Medical and sanitary report of the native army of Bengal for the year
Year: 1878
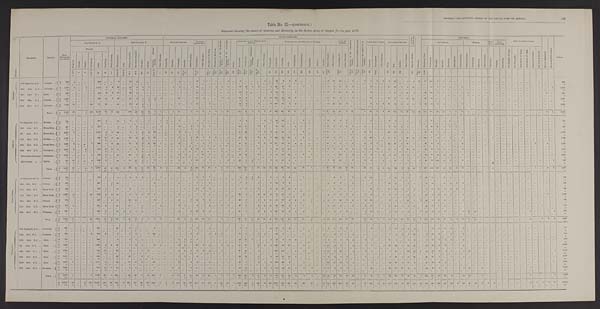
MEDICAL AND SANITARY REPORT OF THE NATIVE ARMY OF BENGAL.
l9 3
Table No. II.—(continued.)
Statement showing the causes of Sickness and Mortality in the Native Army of Bengal for the year 1878.
D i v i s i o n
REGIMENT.
STATION.
Total
Admissions
and Deaths.
GENERAL DISEASES.
LOCAL DISEASES.
C O N D I -
T I O N S , & C .
P o i s o n s .
INJURIES.
SURGICAL OPERATIONS.
N o t y e t d i a g n o s e d .
N o a p p r e c i a b l e d i s e a s e .
TOTAL.
SUB-DIVISION A.
SUB-DIVISION B.
NERVOUS SYSTEM.
DISEASES
OF THE EYE.
D i s e a s e s o f t h e E a r .
D i s e a s e s o f t h e N o s e .
D i s e a s e s o f t h e C i r c u l a t o r y
System.
D i s e a s e s o f t h e A b s o r b e n t
S y s t e m .
Goitre.
DISEASES OF THE RESPIRATORY
SYSTEM.
DISEASES OF THE DYGESTIVR SYSTEM.
URI N A R Y
SYSTEM.
D i s e a s e s o f t h e G e n e r a t i v e
S y s t e m .
D i s e a s e s o f t h e M a l e M a m m i l l a . D i s e a s e s o f t h e O r g a n s o f L o -
c o m t i o n .
CELLULAR TISSUE.
CUTANEOUS SYSTEM
ACCIDENTAL.
BATTLE.
J U D I -
C I A L .
SELF-
INFLICTED.
FEVERS.
O t h e r D i s e a s e s .
R h e u m a t i s m s .
G o u t .
P r i m a r y S y p h i l i s .
S e c o n d a r y S y p h i l i s .
S c r o f u l a .
S c u r v y .
A n æ m i a , G e n e r a l
D r o p s y .
O t h e r D i s e a s e s .
S u n s t r o k e .
E p i l e p s y .
N e u r a l g i a .
I n s a n i t y .
O t h e r D i s e a s e s .
O p h t h a l m i a .
O t h e r D i s e a s e s .
B r o n c h i t i s .
P n e u m o n i a . Ch r o n i c Pn e u mo n i c
Phthi si s. Pl eur i sy.
O t h e r D i s e a s e s .
D y s p e p s i a .
D y s e n t e r y .
D i a r r h œ a . Col i c.
C o n s t i p a t i o n .
H æ m o r r h o i d e s .
H e p a t i t i s .
A b s c e s s .
J a u n d i c e .
S p l e e n D i s e a s e s .
O t h e r D i s e a s e s .
G o n o r r h œ a , & c .
O t h e r D i s e a s e s .
A b s c e s s .
G u i n e a w o r m . O t h e r D i s e a s e s
U l c e r .
B o i l . Scabies.
O t h e r D i s e a s e s .
G e n e r a l D e b i l i t y .
B l i s t e r s o f f e e t .
C o n t u s i o n s .
W o u n d s .
S p r a i n s .
F r a c t u r e s .
D i s l o c a t i o n s .
O t h e r I n j u r i e s .
G u n s l i o t W o u n d .
C o n t u s i o n s .
F r a c t u r e s .
O t h e r I n j u r i e s .
C o n t u s i o n s .
W o u n d s .
C o n t u s i o n s .
F o r H e p a t i c A b s c e s s .
F o r P h y m o s i s .
A m p u t a i o n o f f i n g e r .
A m p u t a t i o n o f t h i g h .
R e m o v a l o f t u m o r .
F o r C y s t o f E y e l i d .
E r u p t i v e .
T y p h u s .
E n t e r i c .
C o n t i n u e d .
A g u e . R e m i t t e n t .
1 t o 5
7
9
1 1 & 1 2
1 5 1 6
—
3 4 t o 3 8
3 9 & 4 0
4 3 A
4 3 B
4 9 - 1
5 4
5 5 & 5 7
—
6 6 6
9 3
1 0 1
1 0 5 t o 1 1 0
1 1 1 t o 1 1 8
1 8 6 t o 2 0 5
2 0 6 t o 2 1 8
2 1 9 t o 2 6 8
2 6 9 t o 2 7 8
2 8 0
3 0 5 & 3 0 6
3 1 5 t o 3 1 8 3 2 5 & 3 2 6
3 3 1 & 3 3 2
460
4 6 6
4 8 4 486
4 8 7
4 9 1
5 0 1
5 0 2
5 1 3
5 2 4 t o 5 2 9
5 8 5 t o 5 9 4
6 0 2 t o 6 2 9
7 5 1 t o 7 5 4
7 5 5 t o 7 5 4
8 1 9
8 2 5 . 5
8 5 9
8 6 1
8 9 4
905
9 0 9 t o 9 9 1
1 , 1 4 8
S I R H I N D
10th Regiment, B. L. ... Umballa ... A
666
4
. . .
. . . ...
3 0 0
. . .
...
8 ...
18
4
. . .
. . .
. . .
. . . ...
. . .
1
. . . ...
13
2
1
1
. . . 4 ...
1 2 . . .
. . .
. . . 1 ...
49
6
4
6 . . .
...
...
1 2
11
14 ...
8
. . . 1
1
1
1
9
25 ...
5
6
1 8 11 104
6
3 4
. . .
1
. . .
. . .
. . .
. . .
. . .
. . .
. . .
. . .
. . .
. . .
. . .
. . .
. . .
. . .
. . .
686
D
4
. . .
. . .
. . . ...
1
. . .
...
. . . ...
. . .
. . .
. . .
. . .
. . .
. . . ...
. . .
. . .
. . .
. . .
. . .
. . .
. . .
. . .
. . .
. . .
. . .
. . .
. . .
. . .
. . .
... . . .
1
. . .
. . . ...
. . . ...
...
. . . . . .
1
. . .
. . .
. . .
. . .
. . .
. . .
. . .
. . .
. . .
. . .
. . .
. . .
. . .
1
. . .
. . .
. . .
. . . ...
. . .
. . .
. . .
. . . . . .
. . . . . .
. . .
. . .
. . .
. . .
. . .
. . .
. . .
. . .
. . .
. . .
4
12th ditto N. I. Jullunder
. . . A 1,770
2
. . .
1 ...
1,182
2
4 32 „,
26
6
9
1
. . .
. . . ...
1
7
. . .
2
16 ,,,
2
8
1
1
. . .
8 2
3 8
4
1
...
3
1 2 7
1 2 6
. . .
2
2 ...
. . . 6
7
1 1
2
3
. . .
. . .
8
. . .
. . .
1 7
3 1
1
9
2 7
. . .
. . .
5 3
6
5 2
. . .
4
. . .
. . .
. . .
. . .
. . .
. . .
. . .
. . .
. . .
. . .
. . .
. . .
. . . ...
1
1 , 7 7 0
D
28 . . . . .
. . .
1
. . .
7
1
. . . . . .
1
. . . .
1
1
2
. . .
. . .
. . . ...
. . .
. . .
. . .
. . .
. . .
. . .
. . .
. . .
. . .
. . .
. . .
. . .
8
. . .
. . .
... . . .
2
3
. . .
. . . . . . ...
. . .
. . . . . .
1
. . . . .
. . .
. . .
. . .
. . .
. . .
. . .
. . .
. . .
. . .
. . .
. . .
. . .
. . .
. . .
. . .
. . .
. . .
. . .
. . .
. . .
. . .
. . .
. . .
. . .
. . .
. . .
. . .
. . .
. . .
. . .
. . .
. . .
. . . ...
. . .
2 8
23rd ditto N. I. ... Simla
... A
9 2 8
. . .
. . .
. . .
...
412
9
6
11 ...
42
3
. . .
. . .
. . .
. . . ...
. . .
. . .
. . . ...
13
4
. . .
. . .
. . .
5
. . .
38
3
. . .
. . .
...
3
9 8
1 2 ...
1
...
...
...
5 2 9
1 2
4
5
. . .
. . .
6
. . .
. . .
2
2 0
5
1 8
1
. . .
4 9
1 0 6
8
4
1
1
1
6 ...
...
1
...
...
...
...
...
...
...
...
...
2 ...
9 2 8
D
6
. . .
. . .
. . .
...
1
. . .
...
. . . ...
. . .
. . .
. . .
. . .
. . .
. . . ...
. . .
. . .
. . .
. . .
. . .
. . .
. . .
. . .
. . .
. . .
. . .
1
1
. . .
. . .
... . . .
1
1
. . .
. . . ...
. . .
...
. . . . . . .
. . .
. . .
. . .
. . .
. . .
. . .
. . .
. . .
. . .
. . .
. . .
. . .
. . .
. . .
. . .
. . .
. . .
. . .
. .
. . .
. . .
. .
1
. . .
. . .
. . .
. . .
. . .
. . .
. . .
. . .
. . .
. . .
. . .
. .
. . .
. . .
6
25th ditto N. I. ... Umballa ...
A
1 , 0 5 7
. . .
. . .
. . .
...
397
13
2 43
. . .
10
3
7
1
5
1 ...
. . .
1 6
. . .
. . . 16
9
. . .
. . .
3
2
. . .
61
12 ...
5
4
1 6 134
69 13
2
...
1
. . .
. . .
1 8
1 6
4 . . .
5
. . . .
. . . .
1 6
. . .
. . .
1 9
2 1
2
1 1 20
. . .
4 9
2 5
. . .
3 . . .
1
2
. . .
. . . ...
...
...
...
. . .
...
...
...
...
. . .
. . . ...
. . .
1 , 0 5 7
D
2 2
. . .
. . .
. . .
...
4
1
...
. . . ...
. . .
. . . 1
1
1
. . .
...
. . .
. . .
. . .
. . .
. . .
. . .
. . .
. . .
. . .
. . .
. . .
5
2
. . .
. . .
... . . .
1
2
. . .
. . . ...
...
. . .
. . . 3
. . .
. . .
. . .
. . .
...
. . .
. . .
. . .
. . .
. . .
. . .
. . .
. . .
1
. . .
. . .
. . .
. . .
. . . ...
. . .
. . .
. . .
. . . ...
...
. . .
. . .
. . .
. . .
. . . . . .
. . .
. . . ...
...
...
2 2
31st ditto N. I. .. Jullunder ... A 1 529 18
. . .
. . .
155
752
34 ...
15 ...
22
6
2
. . .
. . .
. . .
...
. . .
3
. . . 1
12 ...
3
. . .
. . .
. . . ...
2 2
8 ...
2
...
9
2 5 1
2 1
9
2 . . .
. . . ...
. . .
3
2 2
2 4
2
. . .
...
. . .
9
1
3
1 5
1 4
6
9
1 1
2
2 3
2 3
6
6 ...
. . .
2
. . . . . .
. . .
. . . .
1
. . .
. . .
. . . .
. . .
. . .
. . .
. . .
. . .
. . .
. . .
1 , 5 2 9
D
7
. . .
. . .
. . . ...
4
. . . ...
. . .
...
. . . ...
1
. . . ...
. . .
...
. . .
. . .
. . .
. . .
. . .
. . . ...
. . .
. . .
. . .
. . .
1
1
. . .
...
. . . . . .
. . .
. . .
. . . ...
. . .
. . .
...
. . . . . .
. . .
. . .
. . .
. . .
. . .
. . .
. . .
. . .
. . .
. . .
. . .
. . .
. . .
. . . . . .
. . .
. . .
. . .
. . . ...
. . .
. . .
. . .
. . .
. . . ...
. . .
. . .
. . .
. . . . . .
...
...
... ...
. . .
. . .
7
TOTAL ... A
5 . 9 5 0 24
. . .
1 155 3,013
58
12 109 ...
118 22
18
2
5
1 ...
1
27 ...
3
70
15
6
4
4
12
. . . 215 61
4
8 5
3 1
6 5 9
1 2 9
3 2 11 2
3
...
6 3 1
6 5
6 5
8
2 1 . . .
1
4 0
2
4
6 2
1 1 1
1 4
5 2
6 5
2 0
1 8 7
2 6 4 2 5
1 8
5
2
1 0
6
... ...
1
1
...
...
...
...
..._ ...
...
...
2
1
5 , 9 5 0
D
6 7
. . .
. . .
1 ...
17
2
. . .
1 ... ...
1
4
1
1
. . .
...
...
...
...
...
...
...
...
...
. . .
...
7
1 2
. . . ...
. . . ...
5
6 ... ...
. . .
. . .
. . . . . . 3
2
. . .
. . .
. . .
. . .
. . .
. . .
. . . . . .
. . .
. . .
. . .
. . .
1
1
. . .
. . .
. . .
. . .
. . .
. . .
. .
1
. . .
. . .
. . .
. . .
. . .
. . . ...
. . .
. . .
. . .
. . .
. . .
. . .
. . .
6 7
L A H O R E
8th Regiment, B. C. ... Mooltan ...
A
7 3 5
. . .
. . .
. . .
...
579
2 ...
10
1
1
1 ...
1
. . . 1
1 ...
7 ...
...
5
1
. . . . . .
. . . .
...
...
7
3
. . .
. . . 4
1
33
13 ... ...
2
. . . ...
1 3
3
1
2 . . .
...
. . .
5
. . .
. . .
9
5
...
4 ...
1
7
13
1
5
2
. . .
. . .
. . .
. . .
. . .
. . .
. . .
. . .
. . . ...
. . .
. . .
. . .
. . .
. . . ...
...
7 3 5
D
7
. . .
. . .
. . .
...
. . .
1 ...
. . .
...
. . .
. . .
. . .
. . .
. . .
. . .
1
. . .
. . .
. . .
. . .
. . .
. . .
. . .
. . . .
. . .
. . . .
. . .
. . .
. . .
. . .
. . .
...
. . .
2
. . .
. . .
. . . ...
. . .
...
. . . . . . . . .
. . .
. . .
. . .
. . . ...
. . .
. . . ...
. . .
. . .
. . .
. . .
. . . ...
1
. . .
. . .
. . .
. . . .
. . .
. . .
. . .
. . .
. . .
. . .
. . .
. . . .
. . .
. . . ...
. . .
. . .
. . .
. . .
. . .
. . .
. . . .
7
19th ditto B. C. .. Meean Meer . . . A
557
. . .
. . . .
. . .
1
2 7 5
. . .
...
7
. . . .
1
2
. . .
. . .
. . .
1
. . .
. . . 2 ...
1
8
2
2
. . .
. . .
. . .
. . .
18
11 ...
13
6
. . . 29
13 ...
2 ...
...
...
2
9
5
2
2
1 ...
6
. . . ...
. . .
3
1 9
3
3 ...
. . .
8
4 6
4 7
2
4
1
. . .
. . .
. . .
. . .
. . .
. . .
. . .
. . . ...
. . .
. . .
. . .
. . .
. . .
. . .
. . .
5 5 7
D
1 1
. . .
. . .
. . .
. . .
. . .
. . .
...
1 ...
. . .
1
. . .
. . .
. . .
. . .
. . .
. . .
. . .
. . .
1
. . .
. . .
. . .
. . .
. . .
. . .
. . .
. . .
5
. . .
. . .
...
. . .
1
. . . ...
. . .
... ....
..
. . . 2
. . .
. . .
. . .
. . .
...
. . .
. . . ...
. . .
. . .
. . .
. . .
. . . ...
. . .
. . .
. . .
. . .
. . .
. . .
. . .
. . .
. . .
. . .
. . .
. . .
. . .
. . .
. . . ...
. . .
. . .
. . .
. . .
. . .
. . .
. . .
1 1
9th ditto N. I. ... Meean Meer . . . A 2,037
5
. . .
. . .
. . . 1,582
6
1
42 ...
1
1
3
8
1 9
. . .
. . .
. . . 5
1
. . .
5
. . .
. . .
. . .
1
. . .
. . . 70
26 ...
7
1
4
95
17
1
. . .
5
. . .
. . .
3
1 1
3
. . .
. . .
1 ...
6
1 1 ...
. . . 20
17
1
8 7
. . .
2 2
1 2
1
3
. . .
. . .
3
. . . ...
...
...
...
...
. . .
... ...
...
...
...
...
...
...
2 , 0 3 7
D
1 3
. . .
. . .
. . . .
. . .
1
2
...
. . . ...
. . .
. . .
1
. . .
. . .
. . .
. . .
. . .
. . .
. . .
. . .
. . .
. . .
. . .
. . .
. . . .
. . .
. . .
1
7
. . .
. . .
...
. . .
1
. . .
. . . . . . .
.... ....
...
. . . . . . .
. . .
. . .
. . .
. . .
....
. . . .
. . . ...
. . .
. . .
. . .
. . .
. . . ..
. . .
. . .
. . .
. . .
. . .
. . .
. . .
. . .
. . .
. . .
. . .
. . .
. . .
. . .
. . .
. . .
. . .
. . .
. . .
. . .
. . .
. . .
. . .
1 3
19th ditto N. I. ... Mooltan
. . .
A
1 , 5 4 9
. . .
. . .
. . .
. . . 845
10
2
40 ...
13
3
4
5
11
. . .
. . .
. . .
7
. . .
1
11
3
8
2
. . .
2
. . . 40
1 5 ...
10
6
6 146
41
25
4
3 ...
...
1 10
4
17 ...
1 ...
2
23 ...
1
11
10
2
40
17
3 109
17
4
8
3
1 0 6
1 7
4
8
3
. . .
2
. . .
. . .
. . .
. . .
1
. . .
. . .
. . .
. . . ...
1 , 5 4 9
D
1 6
. . .
. . .
. . .
. . .
1
2
...
. . . ...
. . .
. . .
1
. . .
. . .
. . . ...
. . .
. . .
. . .
1 . . .
. . .
. . .
. . . .
. . .
. . . .
. . . ....
8 ...
. . .
. . .
. . .
1
2
. . .
... ... ...
...
. . . . . .
. . .
. . .
. . .
. . .
...
. . .
. . . ...
. . .
. . .
. . .
. . .
. . .
. . .
. . .
. . .
. . .
. . .
. . .
. . .
. . .
. . .
. . .
. . .
. . .
. . .
. . .
. . .
. . .
. . .
. . .
. . .
. . .
. . .
. . .
. . .
. . .
16
2 6 t h ditto N. I. ... Meean Meer
. . A 1,336
2 „,
. „
1
646
1
3
38
. . .
11
2
5
3
24
1
. . .
. . .
2
. . .
1
7
2
6
1
2
2
. . . 85
31 ...
9 13
1 4
1 1 1 25
2 0 4
. . .
...
...
. . . .
1 5
9
8
1
2 ...
3
6 1
. . .
4 7
2 6
5
1 4
1
. . .
8 5
8
7
. . .
. . .
3
. . .
. . .
. . .
. . .
. . .
. . .
. . .
. . .
. . .
. . .
. . .
. . .
1
. . .
4
. . .
1 , 3 3 6
D
1 4
. . .
. . .
. . .
. . .
. . . . . .
. . .
. . .
. . .
. . .
. . .
1 ...
1
. . .
...
. . .
. . .
. . .
. . .
. . .
. . .
. . .
. . .
. . .
. . .
. . .
. . .
6
. . .
. . . ...
. . .
5
. . . ....
. . .
... ...
...
. . . . . .
. . .
. . .
. . .
. . .
...
. . .
. . .
. . .
. . .
1
. . .
. . .
. . .
. . .
. . .
. . .
. . .
. . .
. . .
. . .
. . .
. . .
. . .
. . .
. . .
. . .
. . .
. . .
. . .
. . .
. . .
. . .
. . .
. . .
. . .
. . .
. . .
1 4
30th ditto N. I. ... Ferozepo
. . . A 1,291
2
. . .
4 ...
894
19
6
17
. . .
7
5
3
. . .
. . . ...
...
...
5
2
1
16
4
7
. . .
2
1
. . .
35
7
. . . 11 ...
5
39
20
20 ...
...
3 ...
. . . . 6 9
9
3
6 ...
1
19
2 ...
15
15
1
10
19
. . .
22
1 4
1
1
. . .
. . .
3
. . .
. . . .
. . .
. . .
. . .
. . .
. . .
. . .
. . .
. . .
. . .
. . .
. . .
. . .
. . .
1 , 2 9 1
D
14 . . .
. . .
2 ...
. . . .
4
1
. . . ..
. . .
. . .
1
. . . .
...
. . .
. . .
. . .
. . . . .
. . .
. . . .
. .
. . .
. . .
. . .
2
. .
. . . ...
3
. . .
. . . ....
. . . . . . . .
1 ...
. . . .
... ...
...
. . . . . .
. . .
. . .
. . .
. . .
...
. . .
. . .
. . .
. . .
. . .
. . .
. . .
. . .
. . .
. . .
. . .
. . .
. . .
. . .
. . .
. . .
. . .
. . .
. . .
. . .
. . .
. . .
. . .
. . .
. . .
. . .
. . .
. . .
. . .
. . .
. . .
. . .
1 4
1st Goorkba Regiment Dhurmsala ... A 1,355 ...
...
...
1
744
4
. . .
70
. . .
33
5
2
2
. . .
. . . ...
. . .
6
1 ...
6 21
2
. . .
1
9
. . .
14
12 ...
10
. . .
6
52
37
36
1
1
1 ...
. . 1 8
54
1
5 ...
6
5
. . .
3
6
24
3
8
2
1
83 47
11
4
1
. . .
5
. . .
. . .
. . .
. . .
. . .
. . .
. . .
. . .
. . .
. . .
. . .
. . .
. . .
. . .
. . .
1 , 3 5 5
D
12
. . .
. . .
. . .
. . .
. . .
2 ...
. . . ...
. . .
. . .
2
. . .
. . .
. . .
. . .
. . .
. . .
. . .
. . .
. . .
. . . .
. . .
. . .
1
. . .
. . .
. . .
5
. . .
. . . ...
. . .
. . .
. . .
. . .
......
...
...
. . . . . .
. . .
. . .
1
. . .
...
. . .
. . .
. . .
. . .
. . .
. . .
. . .
1
. . .
. . .
. . .
. . .
. . .
. . .
. . .
. . .
. . .
. . .
. . .
. . .
. . .
. . .
. . .
. . .
. . .
. . .
. . .
. . .
. . .
. . .
. . .
. . .
1 2
4th Goorkha
"
. . . Bakloh
. . . A
997
10 ...
. . .
4
393
2 ...
49
1
16
12
2
. . .
2
. . . ...
. . .
5 ...
1
66
4
1
. . .
. . .
3
1
23
6
2
7 ...
6
31
15
9
4 ...
2
. . . ... 2
37
15
1
7 ...
5
8
. . .
2
3
19
6
8
3
2
41
13 114
22
2
. . .
3
. . .
. . .
. . .
. . .
. . .
. . . ...
...
...
...
...
. . .
. . .
. . .
. . .
9 9 7
D
1 0
1
. . .
. . .
. . .
1
. . . ...
. . .
...
. . . 1
2
. . .
. . .
. . ...
. .
. . .
. . .
. . .
. . .
. . .
. . .
. . .
. .
. .
. . .
1
1
1
. . . ...
. .
. . .
. .
. . .
... ... ..
...
. . .
. . .
1
. . .
. . .
. . .
...
. . .
. . .
. . .
. . .
. . .
. . .
. . .
. . .
. . .
1
. . .
. . .
. . .
. . .
. . .
. . .
. . .
. . .
. . . .
. . .
. . .
. . .
. . .
. . .
. .
. . .
. . .
. . .
. . .
. . .
. . .
. . .
1 0
TOTAL ... A 9,857
19
. . . 4
7 5,958
44
12 273
2
83
31
19
19 56
3
1
. . . 39
4
5
1 2 4 37
26
3
6
17
1 292 111
2 6 7
30
42 536 181 111
15
11
6
...
7 58
78 106
10
23
. . .
29
7 7
3
6 114
135
21
95 49
7 377 182 187
52
12
1
1 9
. . .
. . .
. . .
. . .
1
. . .
. . .
. . .
. . .
. . .
. .
1 ...
4
7
9,857
D
97
1 ...
2
. . .
3
1 1
1
1 ...
. . 2
8 . . .
1 ... 1
. . .
. . .
. . . 2
. . .
. . .
...
. . . 3
. . .
. . . 2
3 5
1
. . . ...
. . .
1 0
3 ...
...
. . .
. . . ...
. . . 2
1 . . .
3
. . .
...
. . .
. . .
. . .
. . .
1
. . .
. . .
1
. . .
2
. . .
. . .
. . .
. . .
. . .
. . .
. . .
. . .
. . .
. . .
. . .
. . .
. . .
. . .
. . .
. . .
. . .
. . .
. . .
. . .
. . . . . .
9 7
R A W A L P I N D I .
1st Regiment, Ben. C
. . .
Sialkote
. . .
A
279
. . .
. . .
. . .
. . .
103
1
...
9 ...
2
2
2 . . .
. . .
1 ...
. . .
...
... ...
10
2
3
. . .
. . .
. . .
...
3
2
1
3 ...
1
5
3
6
. . .
1
...
. . .
1 ...
2
6
. . .
1 ...
3 13 ...
...
1
10
3
8
. . .
1
14
48
...
6
1
. . .
1
.. .
1
. . .
. . .
. . .
. . .
. . .
. . .
. . .
. . .
. . .
. . .
. . .
. . .
. . .
279
D
2 . . .
. . .
. . .
...
. . . ...
...
...
...
...
...
...
...
...
...
...
...
...
...
. . .
. . .
. . .
...
. . .
. . .
. . .
. . .
. . .
1
1
. . . ...
. . . ...
. . . ...
. . .
. . . ...
...
. . . . . .
. . .
. . .
. . .
. . .
...
. . .
. . .
. . .
. . .
. . .
. . .
. . .
. . .
. . .
. . .
. . .
. . .
...
. . .
. . . ...
. . .
. . .
. . .
. . .
. . .
. . .
. . .
. . .
. . .
. . .
. . .
. . .
. . .
. . .
. . .
. . .
2
12th ditto B. C. ... Jhelum
. . .
A
7 0 0
. . .
. . .
. . . ...
487
. . . 1
1 6 ...
. . .
. . .
. . . .
. . .
2
. . . ...
. . .
1
. . .
. . .
7
. . .
1
. . .
. . .
. . .
. . .
7
2
. . . 1 ...
2
48
2
3
. . . ...
... ...
. . . 4
2
2
. . .
3 ...
...
1 ... ...
21
15
. . .
4
5 ...
. . .
8
4 4
. . . 5
2
1
3
. . .
. . .
. . .
. . .
. . .
. . .
. . .
. . .
. . .
. . .
. . .
. . .
. . .
. . .
7 0 0
D
2
. . .
. . .
. . . ...
. . . . . .
1
. . . ...
. . .
. . .
. . .
. . .
. . .
. . . ...
. . .
. . .
. . .
. . .
. . .
. . .
...
. . .
. . .
. . .
. . .
. . . 1 ..
....
. . . ...
. . .
. . . ...
. . .
. . . . ...
. . .
. . . . . . . . .
. . .
. . .
. . . .
. . .
. . .
. . .
. . .
. . .
. . .
. . .
. . .
. . .
. . .
. . .
. . .
. . .
. . .
. . .
. . .
. . .
. . .
. . .
. . .
. . .
. . .
. . .
. . .
. . .
. . .
. . .
. . . ...
...
...
...
...
2
13th ditto B. C. ... Rawal Pindi . . . A
396 ...
...
...
.
188
1 ...
16 ...
6
. . .
1
. . .
. . .
. . . ...
. . .
. . .
1
. . . 12
2 2
. . .
. . .
. . . ...
6
5
. . . 2 ...
2
16
1 1
10
1
...
. . .
. . . ... ...
2
2
. . .
1 ...
. . .
13
1
. . .
13
24
4
5
2
. . .
5
1 9
14
1
5
2
1
. . . ...
. . .
. . .
. . .
. . .
. . . ...
.. . ...
... ... ... ... ...
3 9 6
D
3
. . .
. . .
. . .
. . .
. . .
1 ...
. . . ...
. . .
. . .
. . .
. . .
. . .
. . . ...
. . .
. . .
. . .
. . .
. . .
. . .
...
. . .
. . .
. . .
. . .
. . .
1 ... ...
. . . ...
. . .
. . . . . .
. . .
... ...
...
. . . ... ...
...
. . .
. . .
...
. . .
...
. . . . . .
...
...
. . .
. . .
1
. . .
. . .
. . .
. . .
. . .
. . .
. . .
. . .
. . .
. . .
. . .
. . .
. . .
. . .
. . .
. . .
. . .
. . .
. . .
. . .
. . .
. . . . .
3
11 th ditto N. I. ... Rawal Pindi . . . A 1,247
9 ...
...
45
819
3
6
26 ...
5
5
1
7
1
. . . ...
. . .
8
. . .
. . .
1
1 1
. . .
. . .
. . .
. . .
24
3
. . . 3
32
3
75
16
5 ...
5
...
. . .
1 4
3
2
5
2 ...
1
6
. . .
2
9
17
1
8
5
. . .
50
1 2
3
8 1
. . .
2
. . .
. . .
. . .
. . . ...
...
...
...
. . .
. . .
. . .
. . .
. . .
1 . . .
1 , 2 4 7
D
9
2
. . .
. . .
1
...
. . .
...
. . . ...
. . .
. . .
. . .
. . .
. . .
. . . ...
. . .
. . .
. . .
. . .
. . .
. . .
...
. . .
. . .
. . .
. . .
1
1
. . .
. . . ...
. . .
1
1 „.
,,,
...
...
...
. . . . . .
. . .
. . .
. . .
. . . ...
. . .
. . .
. . .
. . .
. . .
. . .
. . .
. . .
1
. . .
. . .
. . .
. . .
. . .
...
. . .
. . .
. . .
. . .
. . .
. . .
. . .
. . .
. . .
. . .
. . .
. . .
. . .
. . .
. . .
. . . . . .
9
15th ditto N. I. _ Sialkote
. . . A
874 . . .
. . .
. . .
. . .
457 ...
2
12
. . .
58
10 ...
...
2
. . . ...
. . .
8
. . . 1
14
7 2
. . .
. . .
1 . . .
44
5
. . . 1
1
11
41
13
6
8
1
1
...
2 5
7
24
2
2 ...
3
2 0
. . .
. . .
6
5
. . .
10
7
1
44
1 4
3
1 2
...
. . .
1
. . .
. . .
. . .
. . .
. . .
. . .
. . .
. . .
. . .
. . .
. . .
. . . ...
...
...
8 7 4
D
7
. . .
. . .
. . . ...
1
. . .
...
. . . ...
1
1
. . .
. . .
. . .
. . . ...
. . .
. . .
. . . 1 ...
. . .
... ... . . .
. . .
...
2
. . .
. . .
...
. . .
. . .
. . .
. . .
......
1
. . .
. . . . . .
. . .
. . .
. . .
. . .
...
. . .
. . .
. . .
. . .
. . .
. . .
. . .
. . .
. . .
. . .
. . .
. . .
. . .
. . .
...
. . .
. . .
. . .
. . .
. . .
. . .
. . .
. . .
. . .
. . .
. . .
. . .
. . .
. . .
. . . . . .
. . .
7
21st ditto N. I. ... Rawal Pindi . . . A
778
1
. . .
. . . ...
341
4 ...
25 ...
11 ...
1
. . .
. . .
1 ...
. . .
7
1
. . .
8
. . .
1 . . .
1
5
. . .
29
3
. . . 3
3
13
38
26
8
1 1
...
. . .
1 2
11
8
. . .
3 ...
3
17
. . .
1
22
47
8
9
19 ...
56
23
7
8
. . .
. . .
. . .
. . .
. . .
. . .
. . .
. . .
. . .
. . .
. . .
. . .
. . .
. . .
1
...
...
7 7 8
D
6
. . .
. . .
. . . ...
1
. . . ...
. . . ...
. . .
. . .
1
. . .
. . .
. . . ...
. . .
. . .
. . .
. . .
. .
. . .
. . . . . .
. . .
. . .
. . .
. . . 1
1
. .
...
. . . 1
1 ...
. . .
...
...
...
. . . . . . .
. . .
. . .
. . .
. . .
...
. . .
. . .
. . .
. . .
. . .
. . .
. . .
. . .
. . .
. . .
. . .
. . .
. . . . . . ...
. . .
. . .
. . .
. . .
. . .
. . .
. . .
. . .
. . .
. . .
. . .
. . .
. .
. . .
. . .
. . . . . .
6
29th ditto N. I. ... Tallagang
. . .
A 991 ...
...
...
...
586
2 ...
32
2
4
1
4
. . .
. . .
. . . ...
. . .
5
. . . 2
13
2
2 . . .
. . .
1
. . .
21
1
. . . 5
2
3 100
31
2
1
3 1
...
. . . 1
4
5
3
. . .
,„
1
10
1 ...
3
14
4
9
. . .
1
43
2 3
5
2 ...
. . .
3
1 7 1 1
. . .
. . .
. . .
. . .
. . .
. . .
. . .
. . .
1
. . .
. . .
1
3
9 9 1
D
9
. . .
. . .
. . . ...
2
1
...
. . .
...
. . .
. . .
. . .
. . .
. . .
. . . ...
. . .
. . .
. . .
1 ...
. . .
. . .
. . .
. . .
. . .
. . . ...
1 ...
...
...
...
1 . . .
...
...
...
. . . ...
. . . . . .
. . .
. . .
. . .
...
. . .
1
. . .
. . .
. . .
. . .
. . .
. . . ...
...
...
...
. . . ...
...
...
...
...
2 . . .
. . .
. . .
. . .
. . .
. . .
. . .
...
. . .
. . .
. . .
. . .
. . .
9
TOTAL
. . . A 5,265
10
. . .
. . .
45 2,981
11
9 136
2
86
18
9
7
5
2 ...
. . . 29
2
3
65
14
12
. . .
1
7
. . .
134
21
1
18
38
35 323 102
40
11
1 1
2
...
5 16 31
49
10
12
. . .
11
80
2
3
75 132
20
53
38
3
220
1 8 3
32
42
9
3
11
1 7 1 1
...
...
. . .
. . .
. . .
. . .
...
. . .
1
. . .
1
2 3
5 , 2 6 5
D
3 8
2
. . .
. . . 1
4
3
1 ...
...
1
1
1
. . .
...
...
. . .
. . .
2
. . .
. .
. . .
. . . ...
. . . ...
1
8 2 ...
... ...
3 2
...
...
...
1 ...
. . . . . . . . .
. . .
. . .
...
. . .
1
. . .
. . . . . .
. . .
. . .
. . .
. . .
2
. . .
. . .
. . .
. . .
. .
. . .
. . .
. . .
2 ...
. . .
. . .
. . .
. . .
. . .
. . .
...
. . .
. . .
. . .
. . .
. . . . . .
3 8
P E S H A W A R .
llth Regiment, B. L. . . . Nowshera
. . . A
631 ...
...
...
...
3 5 7
. . .
...
20 ...
2
1
. . .
. . .
2
. . .
...
. . .
1 ...
1
7
. . .
1
. . .
. . .
1
. . .
9
4 ...
. . .
...
19
79
2
4
. . .
1
1
...
. . 2
1
2
1 ...
...
...
6
. . .
. . .
5
13
1
2 5
. . .
. . .
7 0
1
5 2
. . .
3
. . .
. . .
. . .
. . .
. . .
. . .
. . .
. . .
...
...
...
...
...
... . . . 621
D
6
. . .
. . .
. . . ...
3
. . .
...
. . . ...
. . .
1
. . .
. . .
. . .
. . .
...
. . .
. . .
. . .
. . .
. . .
. . .
. . .
. . .
. . .
. . .
. . .
. . . 1 ... ...
. . . ...
1
. . .
. . .
. . . ...
...
...
... ... ...
...
...
. . .
. . .
. . .
. . .
. . .
. . .
. . .
. . .
. . .
. . .
...
. . .
. . .
. . .
. . . . . . ...
. . .
. . .
. . .
. . .
. . .
. . .
. . .
. . .
. . .
. . .
. . .
. . .
. . .
. . .
. . .
. . .
. . .
832
14th ditto B. C. ... Peshawar
. . . A
8 3 2
. . .
. . .
. . .
2
600
2 ...
8 ...
1
3
. . .
1
2 3
. . .
...
. . .
. . .
. . .
1
3
. . .
1
1
1
. . .
. . . 7 2
5
. . . 1 1
. . .
2 5
5 ...
. . .
1
...
. . .
3
. . .
4.
4
. . .
2 ...
. . .
. . . ...
...
. . .7
3
3
3
1 0
. . .
4
24
6 ...
1
. . .
1
. . .
...
...
...
...
...
...
...
. . .
. . . ...
...
...
...
5
D
5
. . .
. . .
. . .
. . .
. . .
. . .
...
. . . ...
. . .
. . .
. . .
. . .
1
. . .
...
. . .
. . .
. . .
. . .
. . .
. . .
. . . ...
...
...
...
...
2
. . .
. . . ...
. . .
. . .
. . .
. . .
. . . . . .
. . .
. . .
1
. . . ...
. . .
. . .
. . .
. . .
. . .
. . .
. . .
. . .
. . . . . .
. . .
. . .
. . .
1
. . .
. . .
. . . . . . ..
. . .
. . .
. . .
. . .
. . .
. . .
. . .
. . . . . .
. . .
....
...
...
...
...
. . .
...
878
17th ditto B. C. . . . Ditto
. . . A
878 ...
. . .
. . .
...
688 ...
...
7 ...
2
1
1
. . .
. . .
. . .
...
. . . 2
1
1
5
. . .
. . .
. . .
. . .
. . .
. . .
13
11
1 ...
...
2
48
6
6
3 ... 2
...
1 1
2
1
2
2 ...
1
2
. . .
. . .
1 1 6
...
3 6
. . .
1 32 1
3 1
. . .
1
. . .
. . .
. . .
...
. . .
. . .
...
...
...
...
. . .
...
...
...
...
8 7 8
B
1 4
. . .
. . . ...
...
2
. . .
...
. . . ...
. . .
. . .
. . .
. . .
. . .
. . .
...
. . .
. . . 1
2
. . .
. . .
. . .
. . .
. . .
. . .
. . .
2
5 ...
...
...
...
2
. . .
. . .
. . . ...
... ...
. . . . . .
1
. . .
. . .
. . . ...
. . .
. . .
. . .
. . .
. . . . . .
. . .
. . .
...
. . .
. . .
. . .
. . . . . . ...
. . .
. . .
. . .
. . .
. . .
. . .
. . .
. . .
. . .
. . .
. . .
...
. . .
...
...
. . .
...
14
7th ditto N. I.
. . . Ditto
. . . A 1,919 ...
...
...
...
1,250
4
2
87 ...
7
3
1
. . . 8
1 ...
. . . 2
2
. . . 16
3
8
. . .
1
3
. . .
52
11
. . .
12
2
3 140
54
11
. . .
3
...
...
2 15
9
2
. . .
6 ...
5
6
. . .
2
16
44
1
14 16
...
5 0
28 3
9
...
...
5
. . .
. . .
. . .
. . .
. . .
. . .
. . .
...
...
. . .
. . .
. . .
. . .
. . . . . .
1 , 9 1 9
D
2 2
. . .
. . .
. . . . ..
8
1 ...
1 ...
. . .
. . .
. . .
. . .
. . .
. . .
...
. . .
. . .
. . .
. . .
. . .
. . .
. . .
. . .
. . . . . .
. . .
1
8 ...
1
...
. . .
7
. . .
. . .
. . . . . .
. . .
. . .
. . . 1
1
. . .
. . .
. . . ...
. . .
. . .
. . .
. . .
. . .
. . .
. . .
. . .
...
. . .
. . .
. . .
. . . . . .
. . .
. . .
. . .
. . .
. . .
. . .
. . .
. . .
. . .
. . .
. . .
. . .
. . .
. . .
. . .
. . .
. . . . . . .
2 2
14th ditto N. I.
Ditto
. . . A
1 , 5 2 6
. . .
. . .
. . . ...
786
12
. . .
20
. . .
3
. . . 1
2
. . .
. . .
...
. . . 5
3
1
6
2
8
. . .
1 . . .
. . .
97
80
. . .
1
. . .
...
167 104 ...
1 1 2
. . . 3 15
7
34 ...
5 ...
2
2
. . .
. . .
7 40
. . .
13
10
2
34
5 2
2
5
3
...
1
1 5
. . .
. . .
. . .
. . .
. . .
. . .
. . .
. . .
. . .
. . .
. . .
. . .
. . . . . .
1 , 5 2 6
D
6 7
. . .
. . .
. . . . ...
20
. . . 3
. . . ...
. . .
. . .
. . .
. . .
. . .
. . .
...
. . .
. . .
. . .
1
. . .
. . .
. . .
. . .
. . . . . .
. . .
8
1 9 . . .
. . . ...
. . .
1 0
. . .
. . .
... . . .
. . .
. . .
1
1
. . .
. . .
. . .
. . . ...
. . .
. . .
. . .
. . .
. . .
. . .
. . .
. . .
1 1
. . .
1
1 . . .
...
. . .
. . .
. . .
. . .
. . .
. . .
. . .
. . .
. . .
. . .
. . .
. . .
. . .
. . .
. . .
. . . . . .
6 7
20th ditto N. I.
. . . Ditto
. . . A 1,107. ...
. . .
. . .
1
6 3 8
. . . ...
26 ...
12
. . .
1
1
. . .
. . .
...
. . . 1
1
. . .
5
. . .
. . .
. . .
. . . 1
. . .
43
25
. . .
1 2 ...
2 99
61
11
1 ...
. . .
...
7 9
6
7
1
. . .
. . .
1
. . .
2
. . .
3
38
1 6
12 ...
4 6
22 1
. . .
1
. . .
1
2
. . .
. . .
. . .
. . .
. . .
. . .
. . .
. . .
. . .
. . .
. . .
. . .
. . . . . .
1 , 1 0 7
D
3 1
. . .
. . .
. . .
. . .
1 2
. . . ...
1 ...
. . .
. . .
. . .
. . .
. . .
. . .
...
. . .
. . .
. . .
. . .
. . .
. . .
. . .
. . .
. . . . . .
. . .
2
5 . . .
2
...
2 3
1
... ...
. . .
...
... ... ...
...
1
. . .
. . .
. . .
. . .
. . .
. . .
. . .
. . .
. . .
. . .
1
. . .
. . .
. . .
. . . . . .
...
. . .
. . . 1
. . .
. . .
. . .
. . .
. . .
. . .
. . .
. . .
. . .
...
...
...
...
...
3 1
22nd ditto N. I. ... Ditto
. . . A 1,668
1
. . .
. . .
1 1,002
4 ...
2 4 ...
10
15
2
. . .
8 6
. . .
...
. . .
2
. . . 4
3
. . .
6 ...
1
1 . . .
58
6 . . .
5
1
4 127
80
8
... 1
...
...
... 64
12
10
1
1 ...
. . .
8
. . .
. . .
1 4 2 9 3
12
6
. . .
2 7
15 6
8 ...
. . .
. . . . . .
. . .
. . .
. . .
. . .
. . .
. . .
. . . ...
...
...
...
...
...
. . .
1 , 6 6 8
D
13
. . .
. . .
. . .
. . .
5
1 ...
. . . ...
1
. . .
. . .
. . .
. . .
. . .
...
. . .
. . .
. . .
. . .
. . .
. . .
. . .
. . .
. . .
. . .
. . .
1
2 . . .
. . . . . . ...
...
1
. . .
... ...
...
. . .
. . . 2
. . .
. . .
. . .
. . . ...
. . .
. . .
. . .
. . .
. . . . . . ...
. . .
. . . ...
...
...
...
...
. . .
...
...
...
...
...
...
...
...
...
...
. . .
...
. . .
. . .
. . .
. . .
. . .
. . .
13
27th ditto N. I
Nowshera
. . . A 1,342
. . .
. . .
. . .
. . .
718
10
3
33 ...
7
3
. . .
. . .
8
. . .
...
2
4
. . . 2
11 ...
6
. . .
1
1
1 69
25 ...
...
2
3 174
33
10
1
1 3
. . . 3 16
6
3
5
. . . ...
2
14
. . .
. . .
36 2 1 12 1 3
3
. . .
1 6
38 2
5
. . .
. . .
2
1 1
...
2
. . . ...
...
. . . ...
...
... 1
. . .
. . .
. . .
. . .
1 , 3 4 2
D
1 8
. . .
. . .
. . . ...
. . .
2
...
. . . ...
. . .
. . .
. . .
. . .
. . .
. . .
...
. . .
. . .
. . .
. . .
. . .
. . .
. . .
. . .
. . .
. . .
. . .
. . .
1 3
. . .
. . . ...
...
1
1 ...
...
...
...
... ... ... ...
...
...
...
...
...
...
. . . ...
...
...
...
. . . ...
. . .
. . .
. . .
. . .
. . .
. . .
. . .
. . .
. . .
. . .
. . .
. . .
. . .
. . .
. . .
. . .
. . .
. . . 1
. . . . . .
. . .
. . .
18
TOTAL .
A 9,903
1
. . .
. . .
4 6,039
32
5 225 ...
44
26
6
4 127
1 ...
2
17
7
11
56
5
30
1
5
7
1 413 167
1
31
6 33 859 345
50
6
8
8
...
19 22
47
33
10
16 ...
11
38 2
2
99 194
21
6 6
68
2
178 2 8 1 22
3 5
8
. . .
1 4
2 8
...
2
. . .
. . .
...
. . .
. . .
...
. . .
1
. . .
. . .
. . .
1
9,903
D
176 ...
. . .
. . .
. . .
50
7
...
2 ...
1
1
. . .
. . .
1
. . .
...
. . .
. . .
1
2
. . .
...
...
...
...
...
...
...
14
55 ...
3
. . .
...
16
5 1
... ...
...
...
2 4
. . .
1
. . .
. . .
. . .
. . .
. . .
...
. . .
. . .
. . .
. .
. . .
3
1 ...
1
1
. . .
. . .
. . .
. . .
1
. . .
. . .
. . .
. . .
. . .
. . .
. . .
...
. . .
1
. . .
. . .
. . .
. . .
1 7 6
A 30,975
54 ...
5 211 18,021 145
38 743
4
331
97
52
32 193
7
1
3 112
13
22 315 71
74
8
16
43
2
1,054 360
8
124
79 141 2,377 748 233
43
32
19
. . .
37 226 221 253 38
72 ...
52 235 9
15 350
5 7 2
76
266 220
3 2
962 9 1 0
266
1 4 7
34 6
5 4 51
11
2
. . .
. . .
. .
. . .
. . .
...
. . .
2 1
1
8
1 2 30,975
D
378
3
. . .
3
1
74 23
2
4
. . .
3
5
13
1
3 ...
1 ...
1
6
. . .
. . .
...
. . .
3
. . .
. . .
24 110
3
3
. . .
. . .
34
18
1 ...
. . .
1
. . .
2
9
5
. . .
4
. . .
...
1
. . .
...
. . .
1
. . .
...
1 6
4
. . .
1
6
4 ... 1
1
. . .
. . .
. . .
. . .
4
. . .
. . .
...
...
. . .
1 . . .
. . .
...
. . .
3 7 2